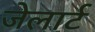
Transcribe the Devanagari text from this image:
जेलार्ट